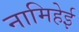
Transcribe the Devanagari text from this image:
नामिहेई